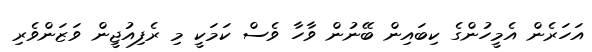
އަހަރެން އެމީހުންގެ ކިބައިން ބޭނުން ވާހާ ވެސް ކަމަކީ މި ރެފިއުޖީން ވަޒަންވެރި